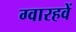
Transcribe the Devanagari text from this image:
ग्वारहवें